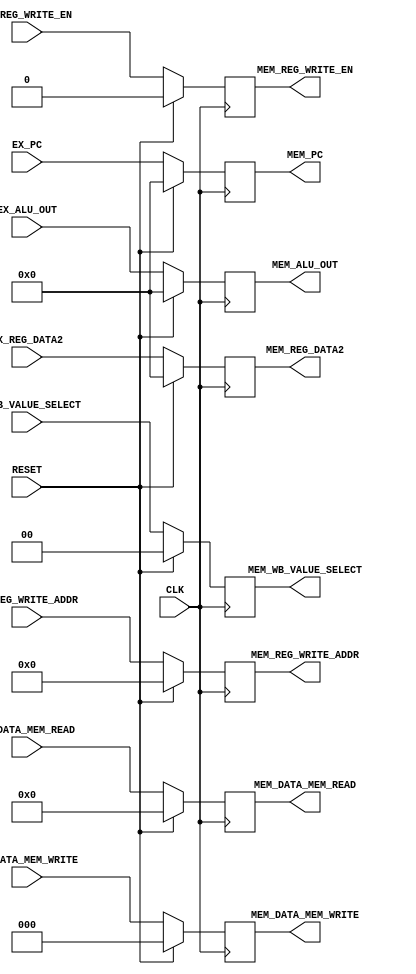
/////////////////////////////////////////////
// Advanced Computer Architecture (CO502)  //
// Design : ALU Module                     // 
// Group  : 2                              //
/////////////////////////////////////////////

`timescale 1ns/100ps


module EX_MEM_pipeline (
    CLK, RESET, 

    EX_PC, EX_ALU_OUT, EX_REG_DATA2,
    EX_REG_WRITE_ADDR, EX_REG_WRITE_EN, 
    EX_DATA_MEM_WRITE, EX_DATA_MEM_READ, EX_WB_VALUE_SELECT,

    MEM_PC, MEM_ALU_OUT, MEM_REG_DATA2,
    MEM_REG_WRITE_ADDR, MEM_REG_WRITE_EN,
    MEM_DATA_MEM_WRITE, MEM_DATA_MEM_READ, MEM_WB_VALUE_SELECT
);

    input CLK, RESET;

    input [31:0] EX_PC, EX_ALU_OUT, EX_REG_DATA2;
    input [4:0] EX_REG_WRITE_ADDR;
    input EX_REG_WRITE_EN;
    input [3:0] EX_DATA_MEM_READ;
    input [2:0] EX_DATA_MEM_WRITE;
    input [1:0] EX_WB_VALUE_SELECT;

    output reg [31:0] MEM_PC, MEM_ALU_OUT, MEM_REG_DATA2;
    output reg [4:0] MEM_REG_WRITE_ADDR;
    output reg MEM_REG_WRITE_EN;
    output reg [3:0] MEM_DATA_MEM_READ;
    output reg [2:0] MEM_DATA_MEM_WRITE;
    output reg [1:0] MEM_WB_VALUE_SELECT;

    always @ (posedge CLK)
    begin
        
        if (RESET == 1'b1)
        begin
            MEM_PC <= #0.1 32'b0;
            MEM_ALU_OUT <= #0.1 32'b0;
            MEM_REG_DATA2 <= #0.1 32'b0;
            MEM_REG_WRITE_ADDR <= #0.1 4'b0;
            MEM_REG_WRITE_EN <= #0.1 1'b0;
            MEM_DATA_MEM_WRITE <= #0.1 3'b0;
            MEM_DATA_MEM_READ <= #0.1 4'b0;
            MEM_WB_VALUE_SELECT <= #0.1 2'b0;
        end
        else
        begin
            MEM_PC <= #0.1 EX_PC;
            MEM_ALU_OUT <= #0.1 EX_ALU_OUT;
            MEM_REG_DATA2 <= #0.1 EX_REG_DATA2;
            MEM_REG_WRITE_ADDR <= #0.1 EX_REG_WRITE_ADDR;
            MEM_REG_WRITE_EN <= #0.1 EX_REG_WRITE_EN;
            MEM_DATA_MEM_WRITE <= #0.1 EX_DATA_MEM_WRITE;
            MEM_DATA_MEM_READ <= #0.1 EX_DATA_MEM_READ;
            MEM_WB_VALUE_SELECT <= #0.1 EX_WB_VALUE_SELECT;
        end
    end
    
endmodule